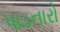
પાડનારો